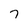
Character: 7